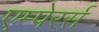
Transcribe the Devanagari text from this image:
एम्पेरर्स